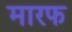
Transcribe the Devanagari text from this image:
मारफ